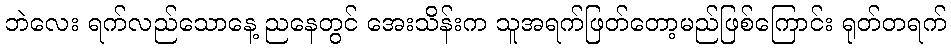
ဘဲလေး ရက်လည်သောနေ့ ညနေတွင် အေးသိန်းက သူအရက်ဖြတ်တော့မည်ဖြစ်ကြောင်း ရုတ်တရက်